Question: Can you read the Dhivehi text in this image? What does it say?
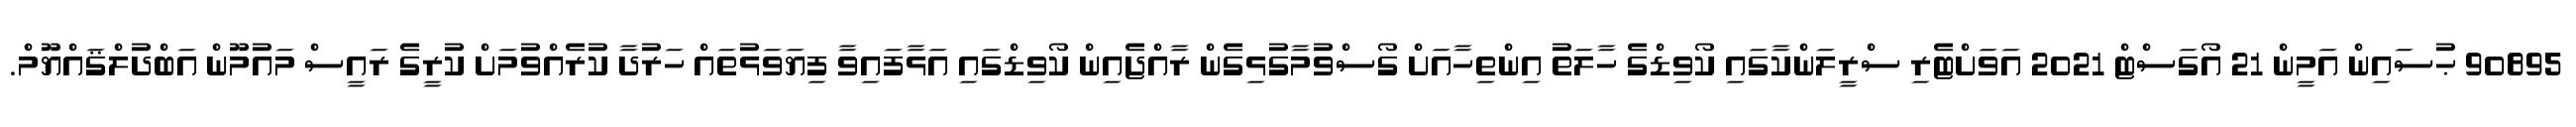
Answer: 90895 ޙުސައިން އަމީން 21 އޯގަސްޓް 2021 އަވަށްޓެރި ސްރީލަންކާގައި ކޯވިޑްގެ ހާލަތު އިންތިހާއަށް ގޯސްވުމާގުޅިގެން ރާއްޖެއިން ކޯވިޑްގައި އަޅާފައިވާ ފިޔަވަޅުތައް ހަރުދާ ކުރެއްވުމަށް ކުރީގެ ރައީސް މައުމޫން އަބްދުލްޤައްޔޫމް.